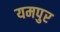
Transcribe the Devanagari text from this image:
यमपुर